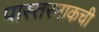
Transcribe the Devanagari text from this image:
पास्तरनाकची